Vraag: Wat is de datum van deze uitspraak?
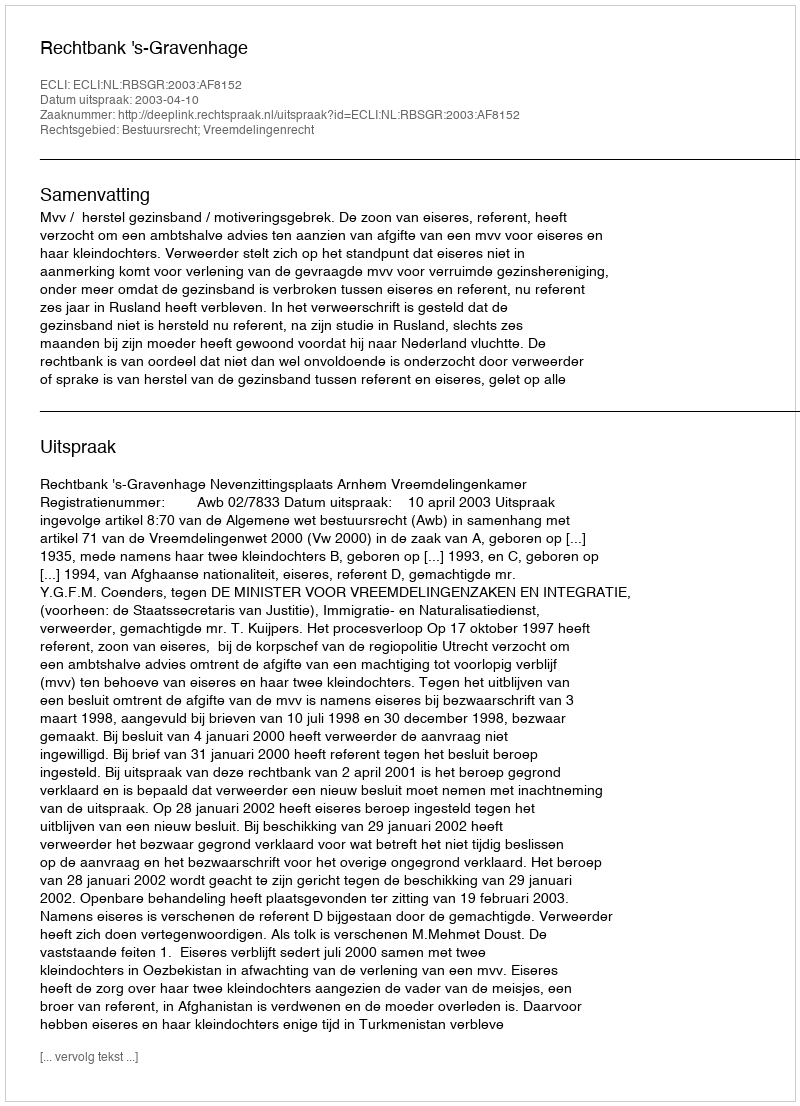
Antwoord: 2003-04-10